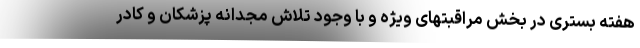
هفته بستری در بخش مراقبتهای ویژه و با وجود تلاش مجدانه پزشکان و کادر